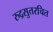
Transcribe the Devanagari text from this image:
रुद्रसुतरचित